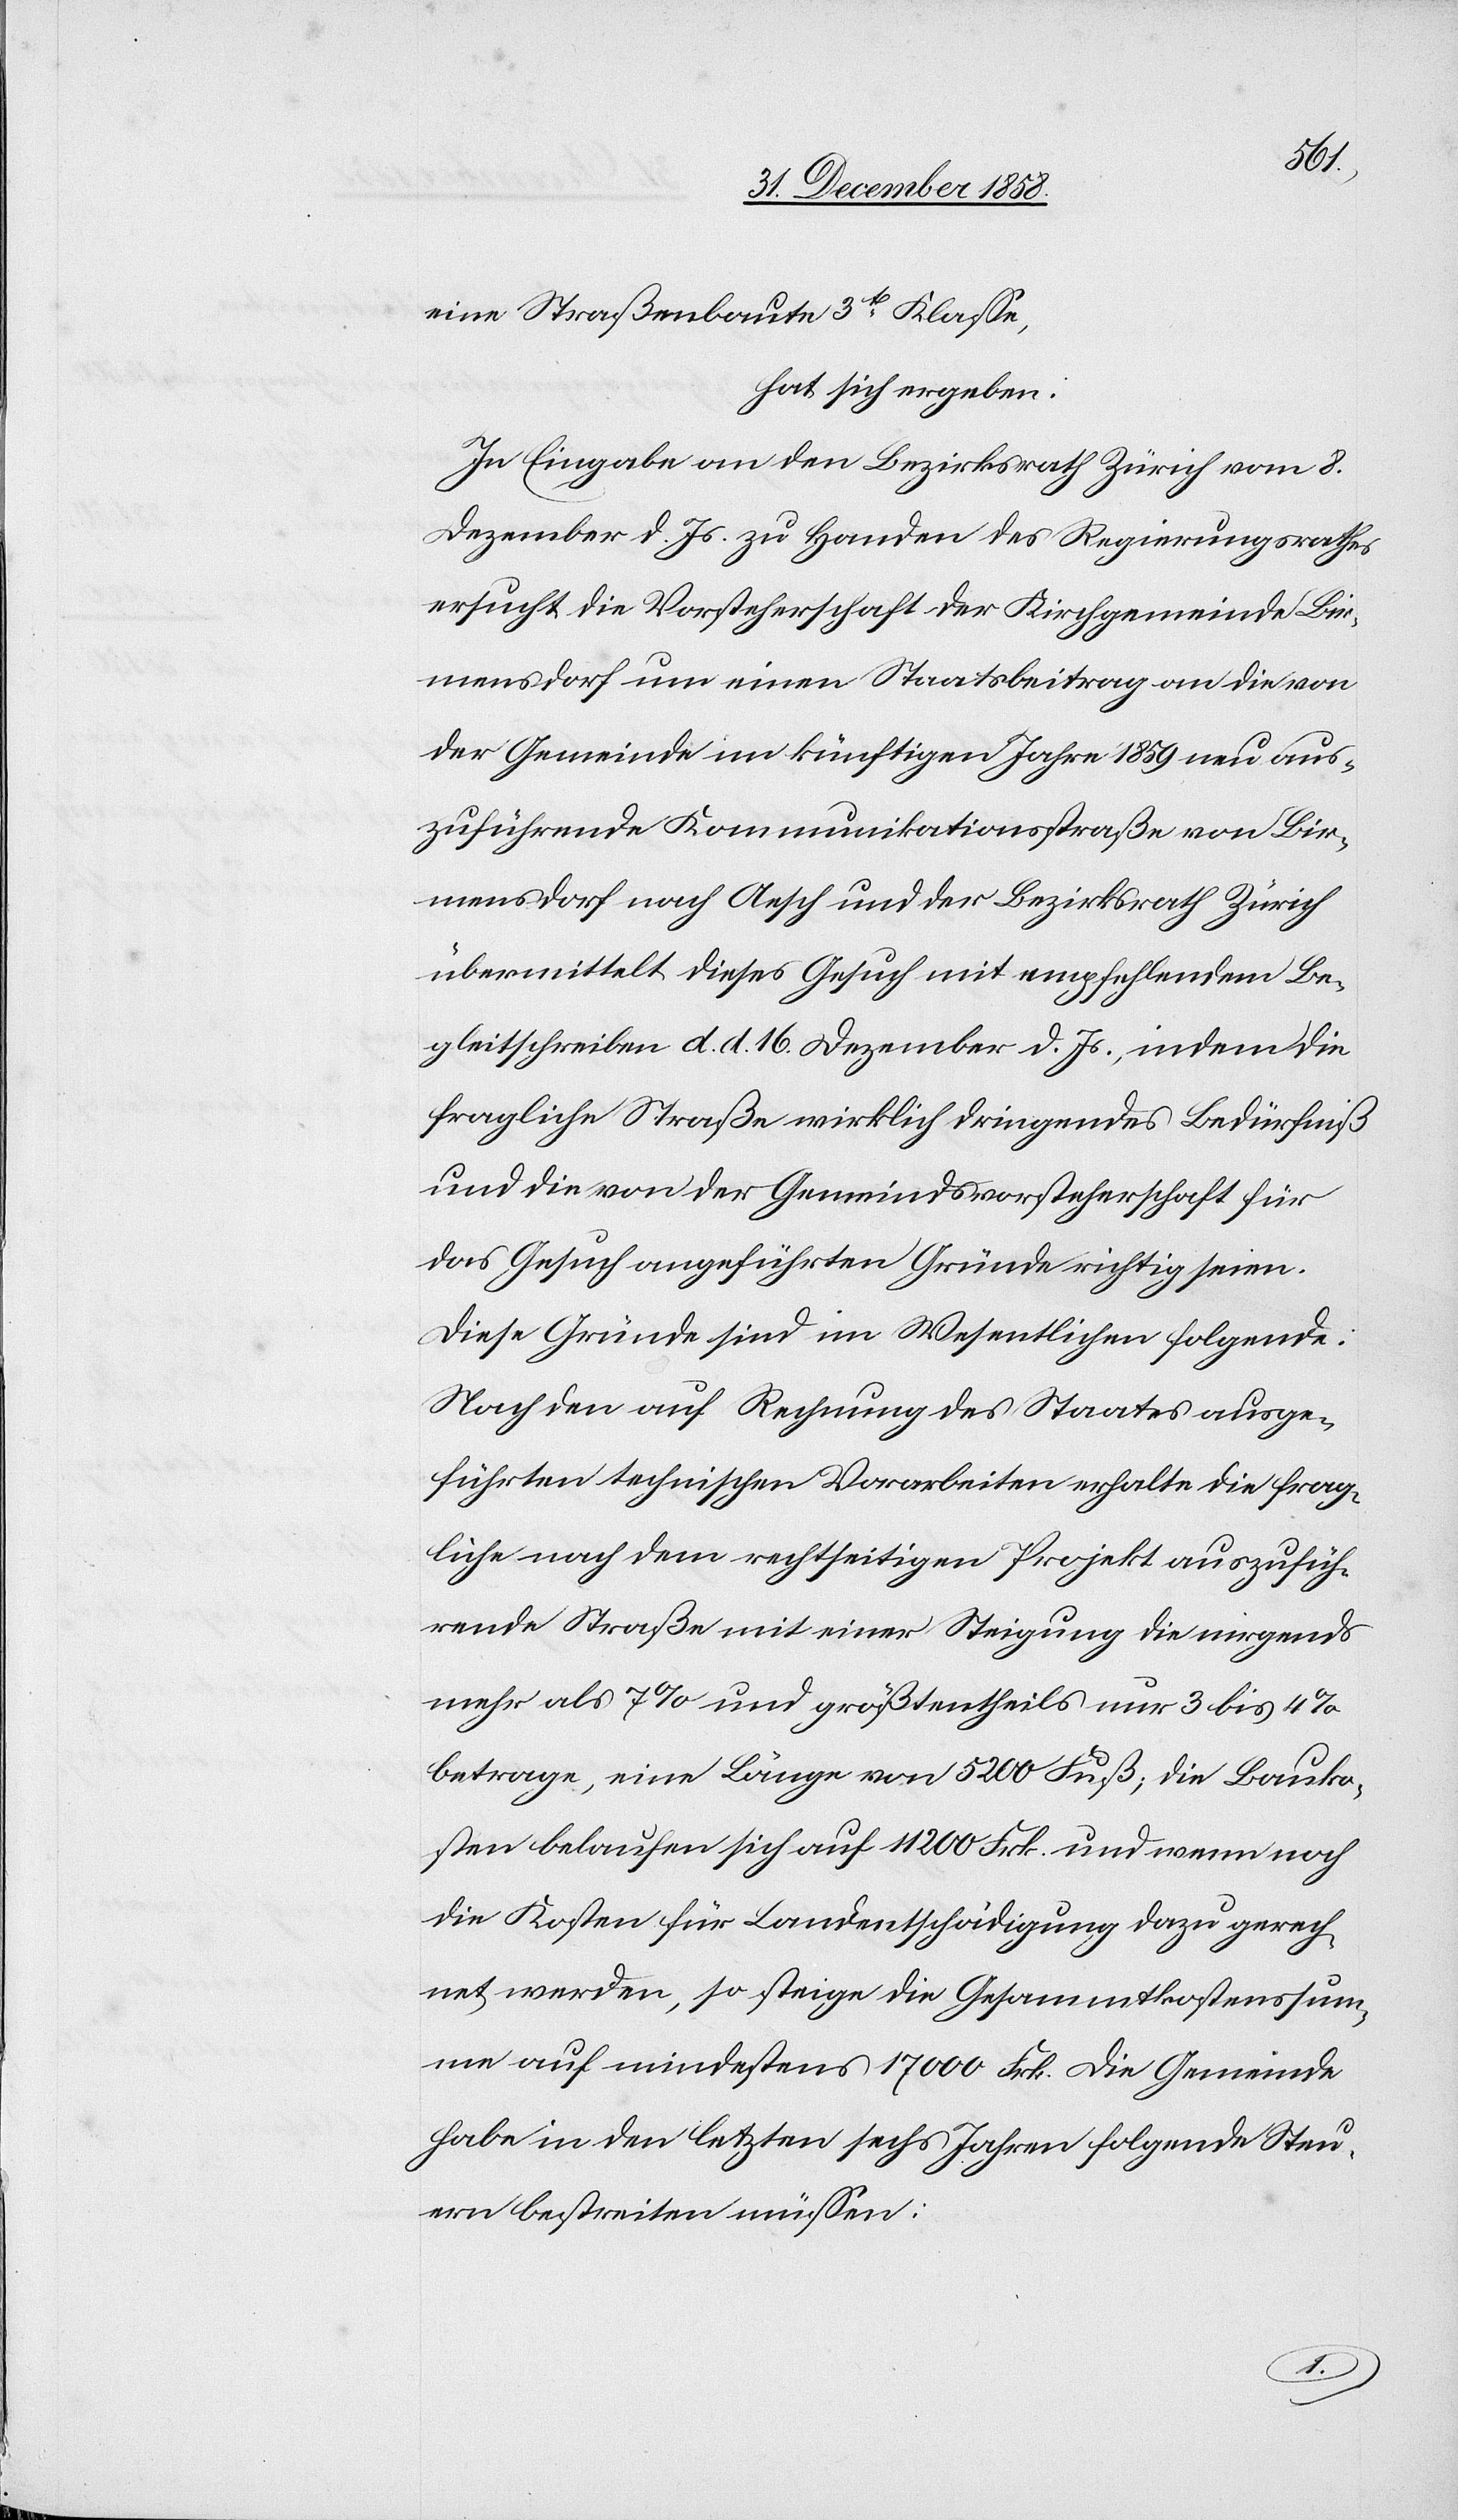
eine Straßenbaute 3t Klasse,
hat sich ergeben:
In Eingabe an den Bezirksrath Zürich vom 8.
Dezember d. Js. zu Handen des Regierungsrathes
ersucht die Vorsteherschaft der Kirchgemeinde Bir¬
mensdorf um einen Staatsbeitrag an die von
der Gemeinde im künftigen Jahre 1859 neu aus¬
zuführende Kommunikationsstraße von Bir¬
mensdorf nach Aesch und der Bezirksrath Zürich
übermittelt dieses Gesuch mit empfehlendem Be¬
gleitschreiben d. d. 16. Dezember d. Js., indem die
fragliche Straße wirklich dringendes Bedürfniß
und die von der Gemeindsvorsteherschaft für
das Gesuch angeführten Gründe richtig seien.
Diese Gründe sind im Wesentlichen folgende:
Nach den auf Rechnung des Staates ausge¬
führten technischen Vorarbeiten erhalte die frag¬
liche nach dem rechtseitigen Projekt auszufüh¬
rende Straße mit einer Steigung die nirgends
mehr als 7% und größtentheils nur 3 bis 4%
betrage, eine Länge von 5200 Fuß; die Bauko¬
sten belaufen sich auf 11 200 Frk. und wenn noch
die Kosten für Landentschädigung dazu gerech¬
net werden, so steige die Gesammtkostenssum¬
me auf mindestens 17 000 Frk. Die Gemeinde
habe in den letzten sechs Jahren folgende Steu¬
ern bestreiten müssen: